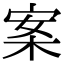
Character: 案